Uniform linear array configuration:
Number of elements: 64
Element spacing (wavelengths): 0.5
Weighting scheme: binomial
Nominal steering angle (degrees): -15
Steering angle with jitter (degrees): -15.307
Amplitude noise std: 0.05
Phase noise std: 0.05

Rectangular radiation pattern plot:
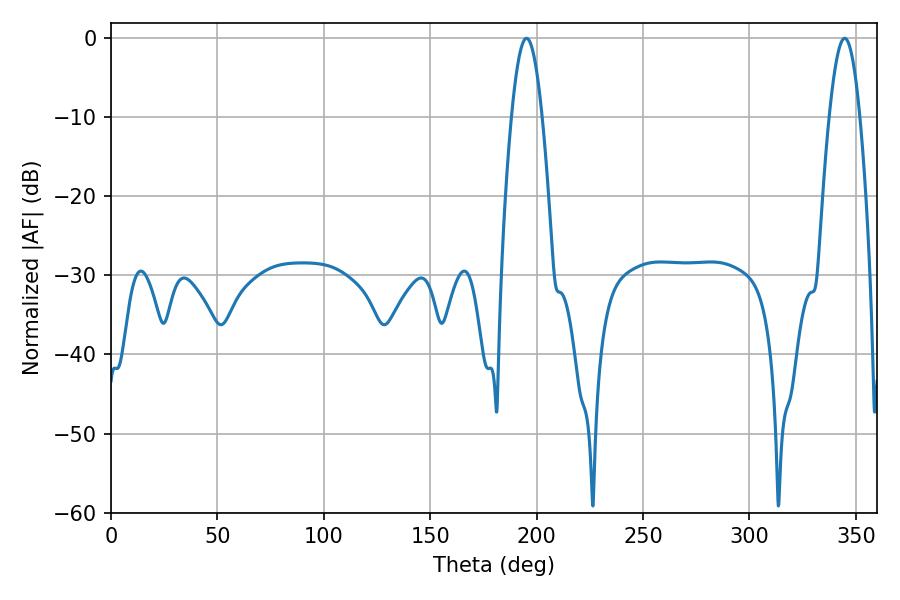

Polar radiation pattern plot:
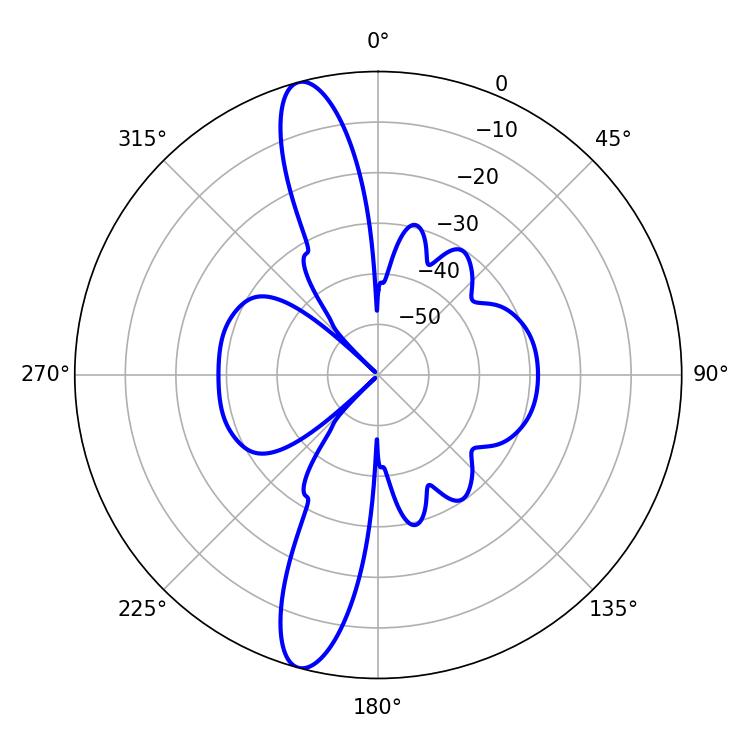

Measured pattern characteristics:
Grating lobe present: FALSE
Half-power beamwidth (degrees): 7.92
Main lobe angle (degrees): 344.7